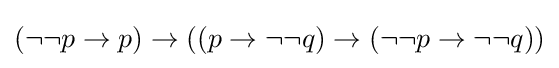
(\neg \neg p\to p)\to ((p\to \neg \neg q)\to (\neg \neg p\to \neg \neg q))